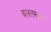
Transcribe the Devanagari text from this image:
बलतसतान